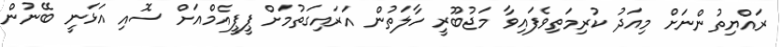
ރައްޔިތުންނަށް މިއަދު ކުރިމަތިވެފައިވާ މަޖުބޫރީ ހާލަތުން އަރައިގަތުމަށް ޕީޕީއެމްއަށް ސޮއި އަޅަނީ ބޭނުން